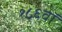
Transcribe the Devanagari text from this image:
१८६वॉ